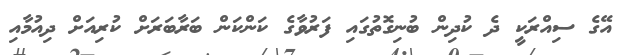
އޭގެ ސިއްރަކީ ދެ ކުދިން ބުނިގޮތުގައި ފަރުވާގެ ކަންކަން ބަރާބަރަށް ކުރިއަށް ދިއުމާއި